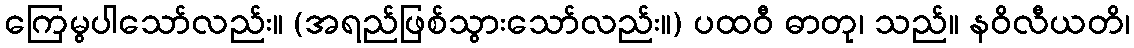
ကြေမွပါသော်လည်း။ (အရည်ဖြစ်သွားသော်လည်း။) ပထဝီ ဓာတု၊ သည်။ နဝိလီယတိ၊